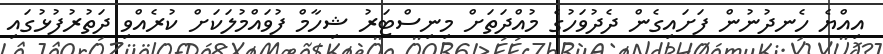
އިއްޔެ ހެނދުނުން ފަށައިގެން ދެދުވަހުގެ މުއްދަތަށް މިނިސްޓަރު ޝިހާމް ފުވައްމުލަކަށް ކުރެއްވި ދަތުރުފުޅުގައި